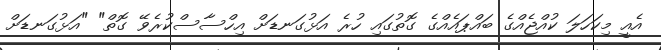
އެއީ މިކަހަލަ ކުއްޖެއްގެ ބައްޕައެއްގެ ގޮތުގައި ހުރެ އަޅުގަނޑަށް އިހްސާސްކުރެވޭ ގޮތް" "އަޅުގަނޑަށް